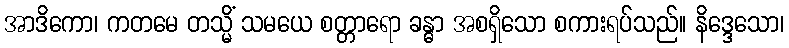
အာဒိကော၊ ကတမေ တသ္မိံ သမယေ စတ္တာရော ခန္ဓာ အစရှိသော စကားရပ်သည်။ နိဒ္ဒေသော၊